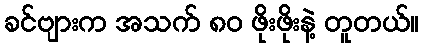
ခင်ဗျားက အသက် ၈၀ ဖိုးဖိုးနဲ့ တူတယ်။